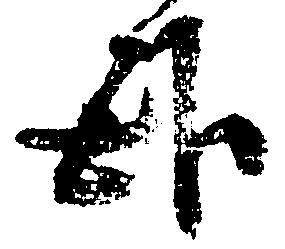
臥